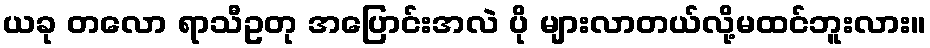
ယခု တလော ရာသီဥတု အပြောင်းအလဲ ပို များလာတယ်လို့မထင်ဘူးလား။